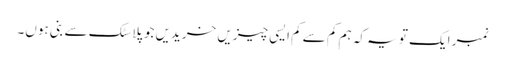
نمبر ایک تو یہ کہ ہم کم سے کم ایسی چیزیں خریدیں جو پلاسٹک سے بنی ہوں۔